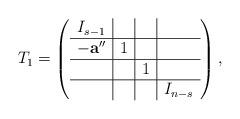
LaTeX: \begin{align*}T_1=\left ( \begin{array}{c|c|c|c}I_{s-1} & & & \\ \hline -\mathbf a'' & 1 & & \\ \hline & & 1 & \\ \hline & & & I_{n-s}\\ \end{array} \right ) ,\end{align*}